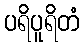
ပရိပူရိတံ